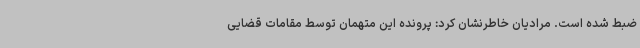
ضبط شده است. مرادیان خاطرنشان کرد: پرونده این متهمان توسط مقامات قضایی